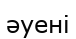
әуені